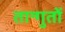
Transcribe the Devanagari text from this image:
तान्गुतों